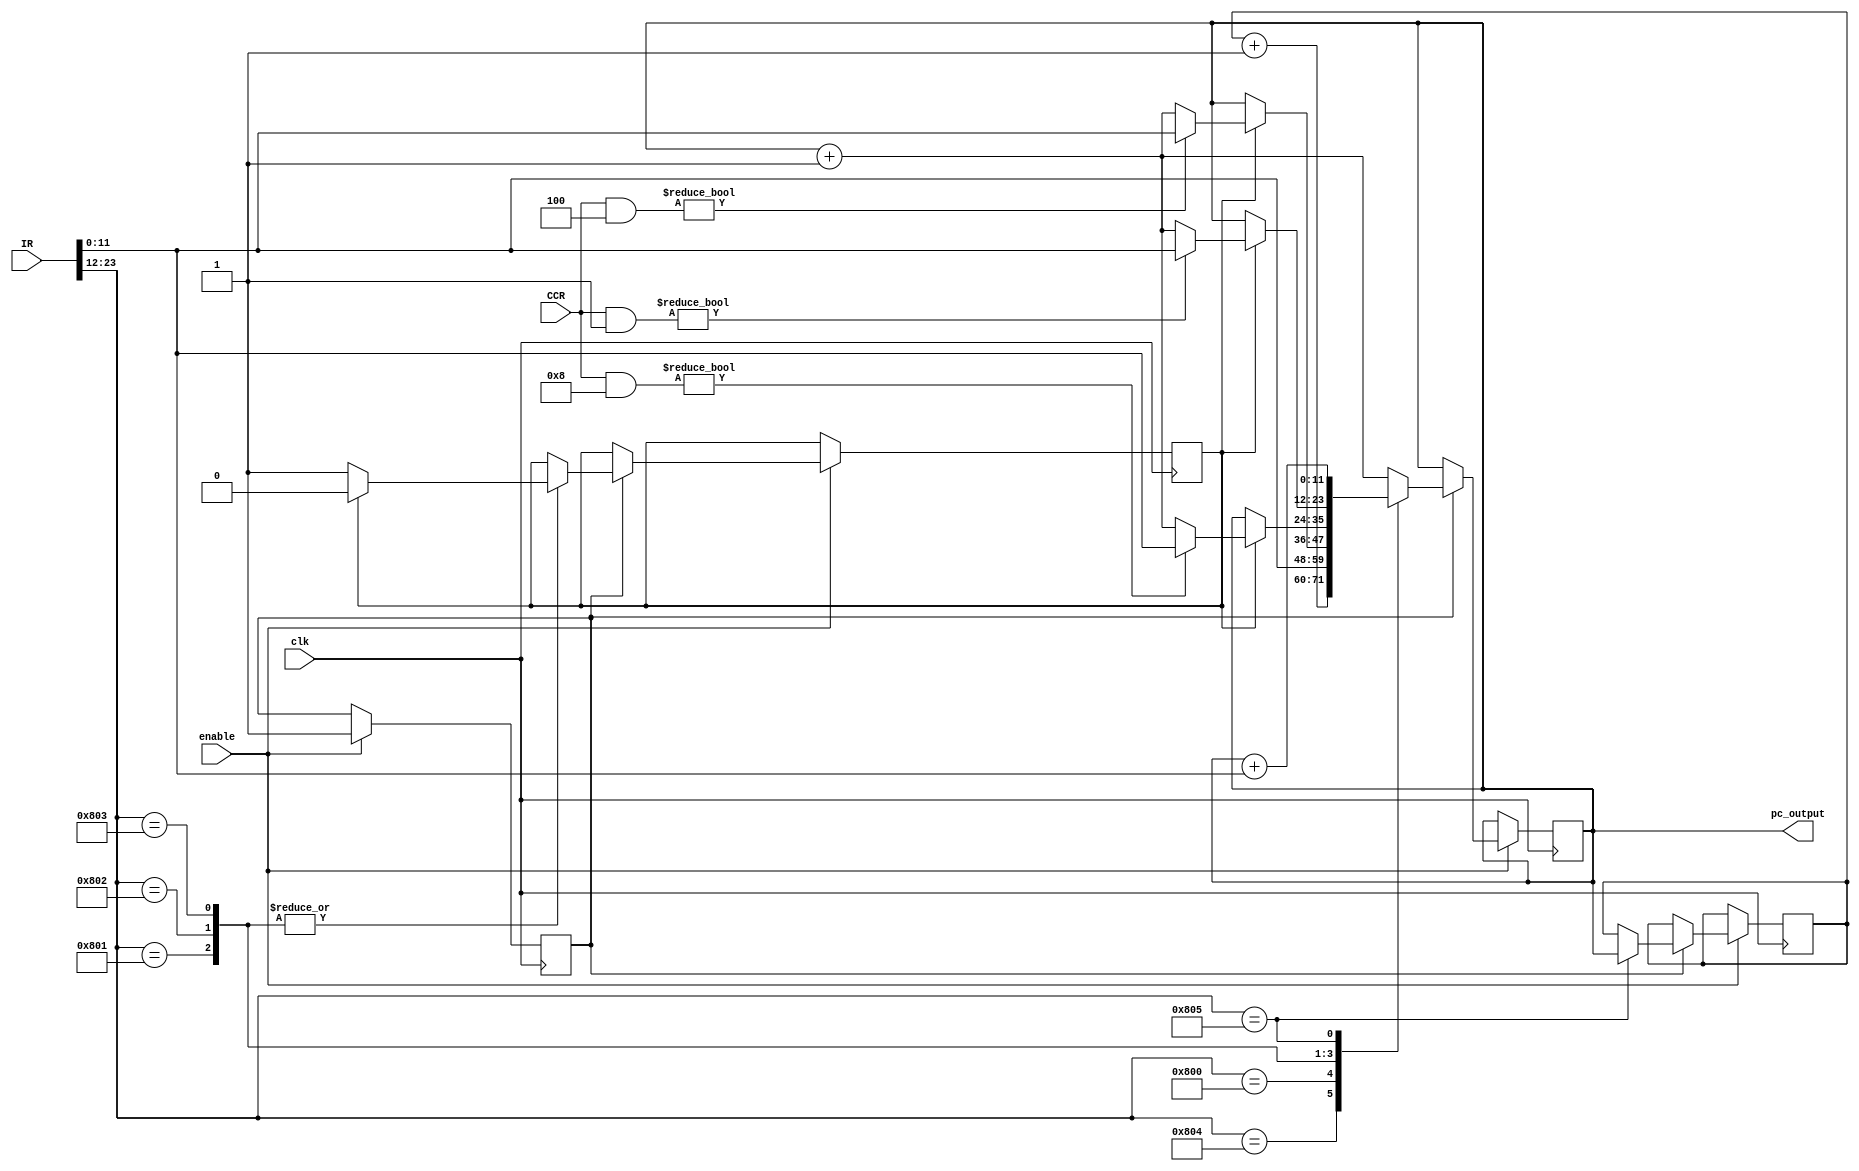
module pc (
    input enable,
    input clk,
    input [23:0] IR,    //Instruction register = set de instrucciones
    input [3:0] CCR,    // CCR = CY
    output reg [11:0] pc_output
    );
    reg [11:0] pc_aux;
    reg [23:0] temp;
    reg start;
    reg hold;
    initial begin
        pc_output   =   0;
        pc_aux      =   0;
        start       =   0;
        hold        =   0;
    end
    
    always @(posedge clk) begin
        if (enable) begin
            if (start) begin
                temp = IR >> 12;
                case (temp)
                    12'b100000000100: pc_output <= pc_aux + 1;  // RET
                    12'b100000000000: pc_output <= IR;          // JMP X
                    12'b100000000001: begin //JZE X -> IF W=0 THEN PC=X
                        if (hold) begin
                            if (CCR & 4'b0100) begin
                                pc_output <= IR;
                            end else begin
                                pc_output <= pc_output + 1; 
                            end
                            hold = 0;
                        end else begin
                            hold = 1;
                        end
                    end 
                    12'b100000000010: begin //JNE X -> IF W15=0 THEN PC=X
                        if (hold) begin
                            if (CCR & 4'b1000) begin
                                pc_output <= IR;
                            end else begin
                                pc_output <= pc_output + 1;
                            end
                            hold = 0;
                        end else begin
                            hold = 1;
                        end
                    end
                    12'b100000000011: begin //JCY X -> IF CY THEN PC=X
                        if (hold) begin
                            if (CCR & 4'b0001) begin
                                pc_output <= IR;
                            end else begin
                                pc_output <= pc_output + 1;
                            end
                            hold = 0;
                        end else begin
                            hold = 1;
                        end
                    end
                    12'b100000000101: begin //BSR S
                        pc_aux = pc_output;
                        pc_output = pc_output + IR;
                    end
                    default: pc_output <= pc_output + 1;
                endcase
            end
            else
                start = 1;
        end
    end
endmodule